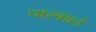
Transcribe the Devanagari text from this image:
पारवाले